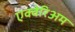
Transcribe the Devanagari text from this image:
एक्वेरिअम